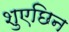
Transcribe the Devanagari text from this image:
शुएछिन